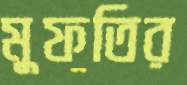
মুফতির